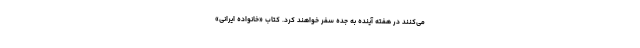
می‌کنند در هفته آینده به جده سفر خواهند کرد. کتاب «خانواده ایرانی»